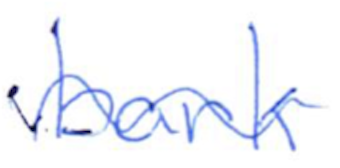
Text: bark
Cross-out: wave
Writing tool: ballpoint